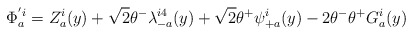
\begin{align*}\Phi_a^{'i}=Z_a^i(y) +\sqrt 2 \theta^- \lambda_{-a}^{i4}(y)+\sqrt 2 \theta^+ \psi_{+a}^i(y)-2\theta^- \theta^+ G_a^i(y)\end{align*}